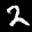
Label: 2